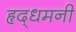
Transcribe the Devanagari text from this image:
हृद्‌धमनी